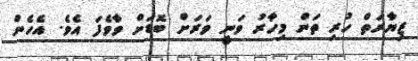
ޒިޔާރަތް ހުރި ތަން މިހާރު ވަނީ ވަރަށް ބޮޑަށް ވާވެފަ އެވެ. އެހެން